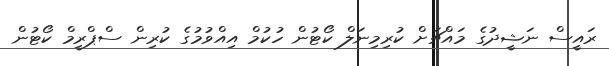
ރައީސް ނަޝީދުގެ މައްޗަށް ކުރިމިނަލް ކޯޓުން ހުކުމް އިއްވުމުގެ ކުރިން ސްޕްރީމް ކޯޓުން